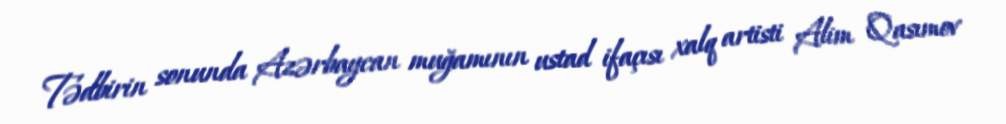
Tədbirin sonunda Azərbaycan muğamının ustad ifaçısı xalq artisti Alim Qasımov